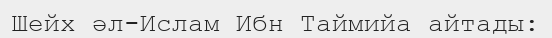
Шейх әл-Ислам Ибн Таймийа айтады: